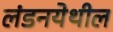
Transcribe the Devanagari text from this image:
लंडनयेथील